Calcutta medical institutions reports 1871-78
Year: 1871
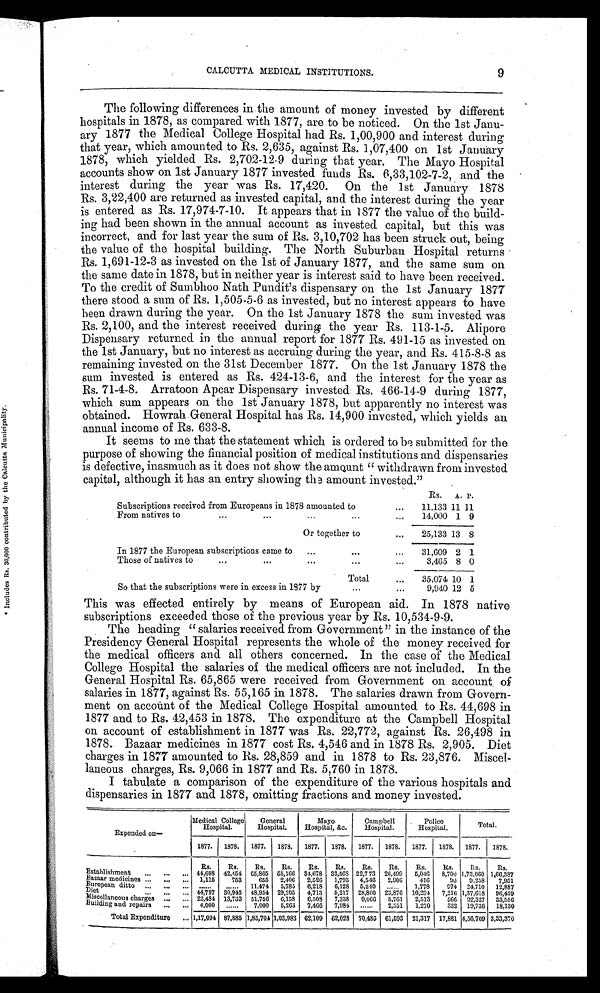
CALCUTTA MEDICAL INSTITUTIONS.
9
The following differences in the amount of money invested by different
hospitals in 1878, as compared with 1877, are to be noticed. On the 1st Janu
ary 1877 the Medical College Hospital had Rs. 1,00,900 and interest during
that year, which amounted to Rs. 2,635, against Rs. 1,07,400 on 1st January
1878, which yielded Rs. 2,702-12-9 during that year. The Mayo Hospital
accounts show on 1st January 1877 invested funds Rs. 6,33,102-7-2, and the
interest during the year was Rs. 17,420. On the 1st January 1878
Rs. 3,22,400 are returned as invested capital, and the interest during the year
is entered as Rs. 17,974-7-10. It appears that in 1877 the value of the build
ing had been shown in the annual account as invested capital, but this was
incorrect, and for last year the sum of Rs. 3,10,702 has been struck out, being
the value of the hospital building. The North Suburban Hospital returns
Rs. 1,691-12-3 as invested on the 1st of January 1877, and the same sum on
the same date in 1878, but in neither year is interest said to have been received.
To the credit of Sumbhoo Nath Pundit's dispensary on the 1st January 1877
there stood a sum of Rs. 1,505-5-6 as invested, but no interest appears to have
been drawn during the year. On the 1st January 1878 the sum invested was
Rs. 2,100, and the interest received during the year Rs. 113-1-5. Alipore
Dispensary returned in the annual report for 1877 Rs. 491-15 as invested on
the 1st January, but no interest as accruing during the year, and Rs. 415-8-8 as
remaining invested on the 31st December 1877. On the 1st January 1878 the
sum invested is entered as Rs. 424-13-6, and the interest for the year as
Rs. 71-4-8. Arratoon Apcar Dispensary invested Rs. 466-14-9 during 1877,
which sum appears on the 1st January 1878, but apparently no interest was
obtained. Howrah General Hospital has Rs. 14,900 invested, which yields an
annual income of Rs. 633-8.
It seems to me that the statement which is ordered to be submitted for the
purpose of showing the financial position of medical institutions and dispensaries
is defective, inasmuch as it does not show the amount " withdrawn from invested
capital, although it has an entry showing the amount invested."
Rs. A. P.
Subscriptions received from Europeans in 1878 amounted to ...
...
1 1 , 1 3 3
11 11
From natives to
...
...
14,000 1 9
Or together to
...
...
25,133 13 8
In 1877 the European subscriptions came to
...
...
31,609 2 1
Those of natives to
...
...
3,465 8 0
Total
...
...
35,074 10 1
So that the subscriptions were in excess in 1877 by
...
...
9,940 12 5
This was effected entirely by means of European aid. In 1878 native
subscriptions exceeded those of the previous year by Rs. 10,534-9-9.
The heading " salaries received from Government " in the instance of the
Presidency General Hospital represents the whole of the money received for
the medical officers and all others concerned. In the case of the Medical
College Hospital the salaries of the medical officers are not included. In the
General Hospital Rs. 65,865 were received from Government on account of
salaries in 1877, against Rs. 55,165 in 1878. The salaries drawn from Govern
ment on account of the Medical College Hospital amounted to Rs. 44,698 in
1877 and to Rs. 42,453 in 1878. The expenditure at the Campbell Hospital
on account of establishment in 1877 was Rs. 22,772, against Rs. 26,498 in
1878. Bazaar medicines in 1877 cost Rs. 4,546 and in 1878 Rs. 2,905. Diet
charges in 1877 amounted to Rs. 28,859 and in 1878 to Rs. 23,876. Miscel
laneous charges, Rs. 9,066 in 1877 and Rs. 5,760 in 1878.
I tabulate a comparison of the expenditure of the various hospitals and
dispensaries in 1877 and 1878, omitting fractions and money invested.
Expended on-
Medical College
Hospital.
General
Hospital.
Mayo
Hospital, &c.
Campbell
Hospital.
Police
Hospital.
Total.
1877. 1878. 1877. 1878. 1877. 1878. 1877. 1878. 1877. 1878. 1877. 1878.
Rs.
Rs.
Rs.
Rs.
Rs.
Rs.
Rs.
Rs.
Rs.
As.
Rs. Rs.
Establishment
44,698 42,454 65,865 55,166 34,678 33,568 22,773 26,499 5,046 8,700 1,73,060 1,66,387
Bazaar medicines
1,115
753
655 2,406 2,526 1,793 4,546 2,906
416
93 9,258 7,951
European ditto
. . . . . .
. . . . . . 11,474 5,785 6,218 6,128 5,240
. . . . . . 1,778
974 24,710 12,887
Diet
44,797 30,945 48,954 29,205 4,713 5,217 28,860 23,876 10,294 7,216 1,37,618 96,459
Miscellaneous charges
22,484 13,733 51,756 6,158 6,508 7,338 9,066 5,761 2,513
566 92,327 33,556
Building and repairs
4,000 ......
7,000 5,263 7,466 7,984 ......
2,551 1,270
332 19,736 18,130
Total Expenditure
1,17,094 87,885 1,85,704 1,03,983 62,109 62,028 70,485 61,593 21,317 17,881 4,56,709 3,33,370